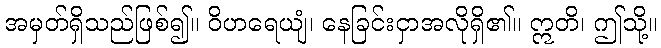
အမှတ်ရှိသည်ဖြစ်၍။ ဝိဟရေယျံ၊ နေခြင်းငှာအလိုရှိ၏။ ဣတိ၊ ဤသို့။